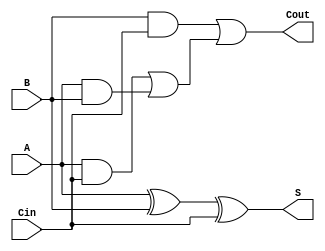
module adderlab(
	A,
	B,
	Cin,
	S,
	Cout
);


input wire	A;
input wire	B;
input wire	Cin;
output wire	S;
output wire	Cout;

wire	SYNTHESIZED_WIRE_0;
wire	SYNTHESIZED_WIRE_1;
wire	SYNTHESIZED_WIRE_2;
wire	SYNTHESIZED_WIRE_3;
wire	SYNTHESIZED_WIRE_4;


assign	SYNTHESIZED_WIRE_0 = A ^ B;

assign	S = SYNTHESIZED_WIRE_0 ^ Cin;

assign	SYNTHESIZED_WIRE_2 = A & B;

assign	SYNTHESIZED_WIRE_1 = A & Cin;

assign	SYNTHESIZED_WIRE_3 = B & Cin;

assign	SYNTHESIZED_WIRE_4 = SYNTHESIZED_WIRE_1 | SYNTHESIZED_WIRE_2;

assign	Cout = SYNTHESIZED_WIRE_3 | SYNTHESIZED_WIRE_4;


endmodule